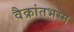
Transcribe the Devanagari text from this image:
वैक्रांतभस्म